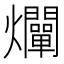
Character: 𤓙